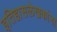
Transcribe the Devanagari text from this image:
इतिहासलेखकांना